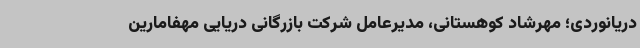
دریانوردی؛ مهرشاد کوهستانی، مدیرعامل شرکت بازرگانی دریایی مهفامارین